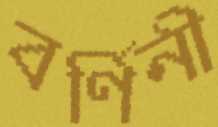
বর্ণিনী